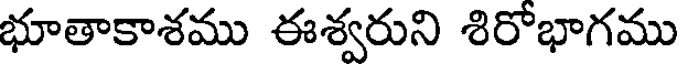
భూతాకాశము ఈశ్వరుని శిరోభాగము